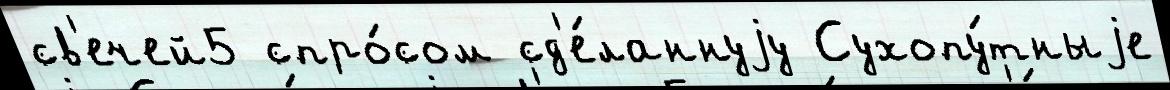
св'ечей5 спро́сом сд'е́ланнуjу Сухопу́тныjе